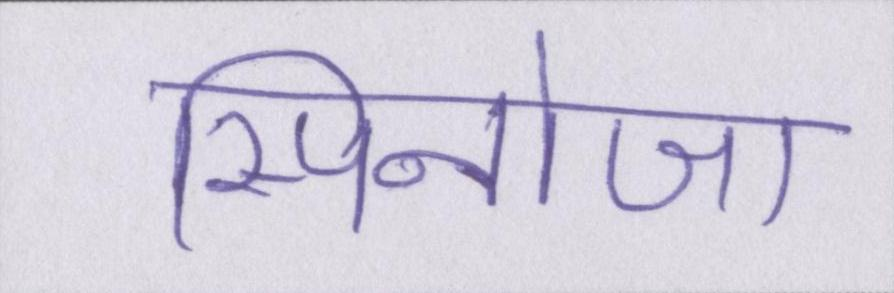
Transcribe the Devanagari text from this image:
स्पिनोजा